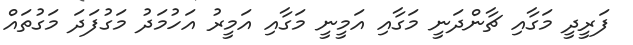
ފަރީދީ މަގާއި ޗާންދަނީ މަގާއި އަމީނީ މަގާއި އަމީރު އަހުމަދު މަގުފަދަ މަގުތައް